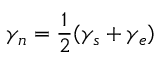
\gamma _ { n } = \frac { 1 } { 2 } ( \gamma _ { s } + \gamma _ { e } )